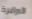
البرابرة